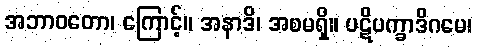
အဘာဝတော၊ ကြောင့်။ အနာဒိ၊ အစမရှိ။ ပဋိပက္ခာဒိဂမေ၊